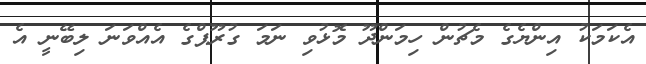
އެކަމަކު އިންޔެގެ މެޗުން ހިމަންދޫ މޮޅުވި ނަމަ ގުރޫޕްގެ އެއްވަނަ ލިބޭނީ އެ